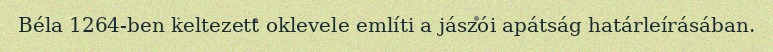
Béla 1264-ben keltezett oklevele említi a jászói apátság határleírásában.